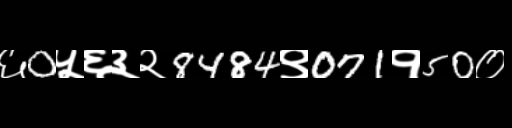
Text: ६0५६३२8484९071१50०